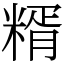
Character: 糈